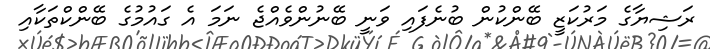
ރަޝިޔާގެ މަރުކަޒީ ބޭންކުން ބުނެފައި ވަނީ ބޭނުންވެއްޖެ ނަމަ އެ ގައުމުގެ ބޭންކްތަކާއި